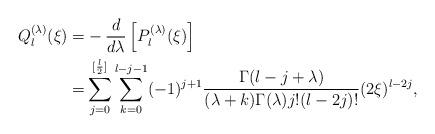
LaTeX: \begin{align*}Q_l^{(\lambda)}(\xi)=&-\frac{d}{d \lambda}\left[P_l^{(\lambda)}(\xi)\right]\\=&\sum_{j=0}^{[\frac{l}{2}]}\sum_{k=0}^{l-j-1}(-1)^{j+1}\frac{\Gamma(l-j+\lambda)}{(\lambda+k)\Gamma(\lambda)j!(l-2j)!}(2\xi)^{l-2j},\end{align*}